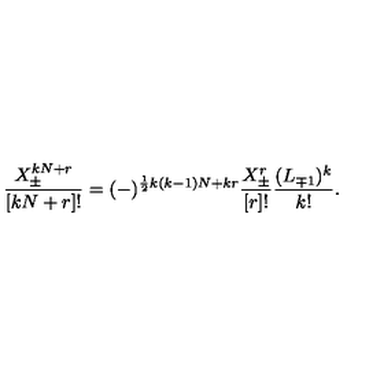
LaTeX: \frac { X _ { \pm } ^ { k N + r } } { [ k N + r ] ! } = ( - ) ^ { \frac { 1 } { 2 } k ( k - 1 ) N + k r } \frac { X _ { \pm } ^ { r } } { [ r ] ! } \frac { ( L _ { \mp 1 } ) ^ { k } } { k ! } .